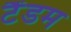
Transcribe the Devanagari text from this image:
टैंडम